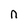
Character: n